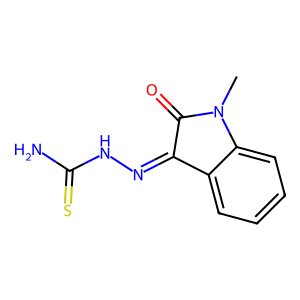
SMILES: CN1C(=O)C(=NNC(N)=S)c2ccccc21
Inhibits HIV replication: No